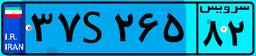
۳۷S۲۶۵۸۲